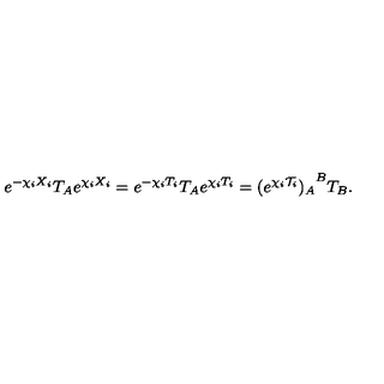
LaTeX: e ^ { - \chi _ { i } X _ { i } } T _ { A } e ^ { \chi _ { i } X _ { i } } = e ^ { - \chi _ { i } T _ { i } } T _ { A } e ^ { \chi _ { i } T _ { i } } = { ( e ^ { \chi _ { i } { \cal T } _ { i } } ) _ { A } } ^ { B } T _ { B } .